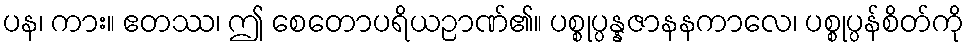
ပန၊ ကား။ ဧတဿ၊ ဤ စေတောပရိယဉာဏ်၏။ ပစ္စုပ္ပန္နဇာနနကာလေ၊ ပစ္စုပ္ပန်စိတ်ကို